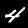
Digit: 4